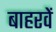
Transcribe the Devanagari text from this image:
बाहरवें